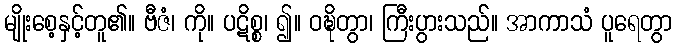
မျိုးစေ့နှင့်တူ၏။ ဗီဇံ၊ ကို။ ပဋိစ္စ၊ ၍။ ဝဍ္ဎိတွာ၊ ကြီးပွားသည်။ အာကာသံ ပူရေတွာ